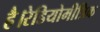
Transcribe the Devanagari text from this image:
है।रेडियोमीत्रिक